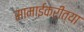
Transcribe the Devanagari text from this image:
सामाईकरीत्या